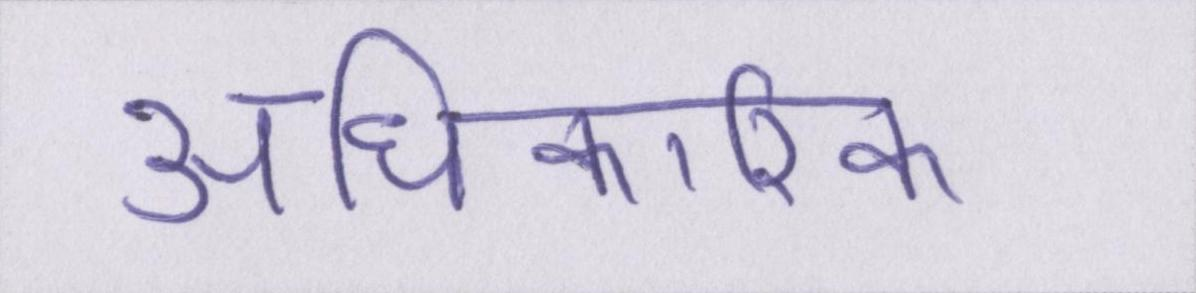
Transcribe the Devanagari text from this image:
अधिकारिक